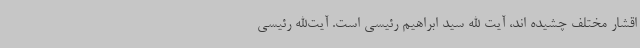
اقشار مختلف چشیده اند، آیت الله سید ابراهیم رئیسی است. آیت‌الله رئیسی